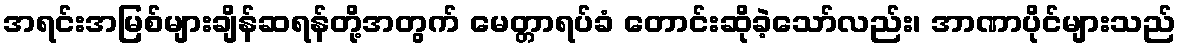
အရင်းအမြစ်များချိန်ဆရန်တို့အတွက် မေတ္တာရပ်ခံ တောင်းဆိုခဲ့သော်လည်း၊ အာဏာပိုင်များသည်